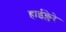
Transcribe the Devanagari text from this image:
हाईक्लेरे